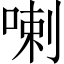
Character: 喇